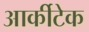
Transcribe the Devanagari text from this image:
आर्कीटेक